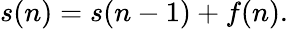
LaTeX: s(n)=s(n-1)+f(n).